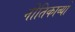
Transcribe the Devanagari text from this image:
नीतिकाव्यों